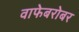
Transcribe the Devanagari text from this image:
वाफेबरोबर